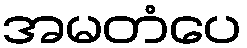
အမတံပေ